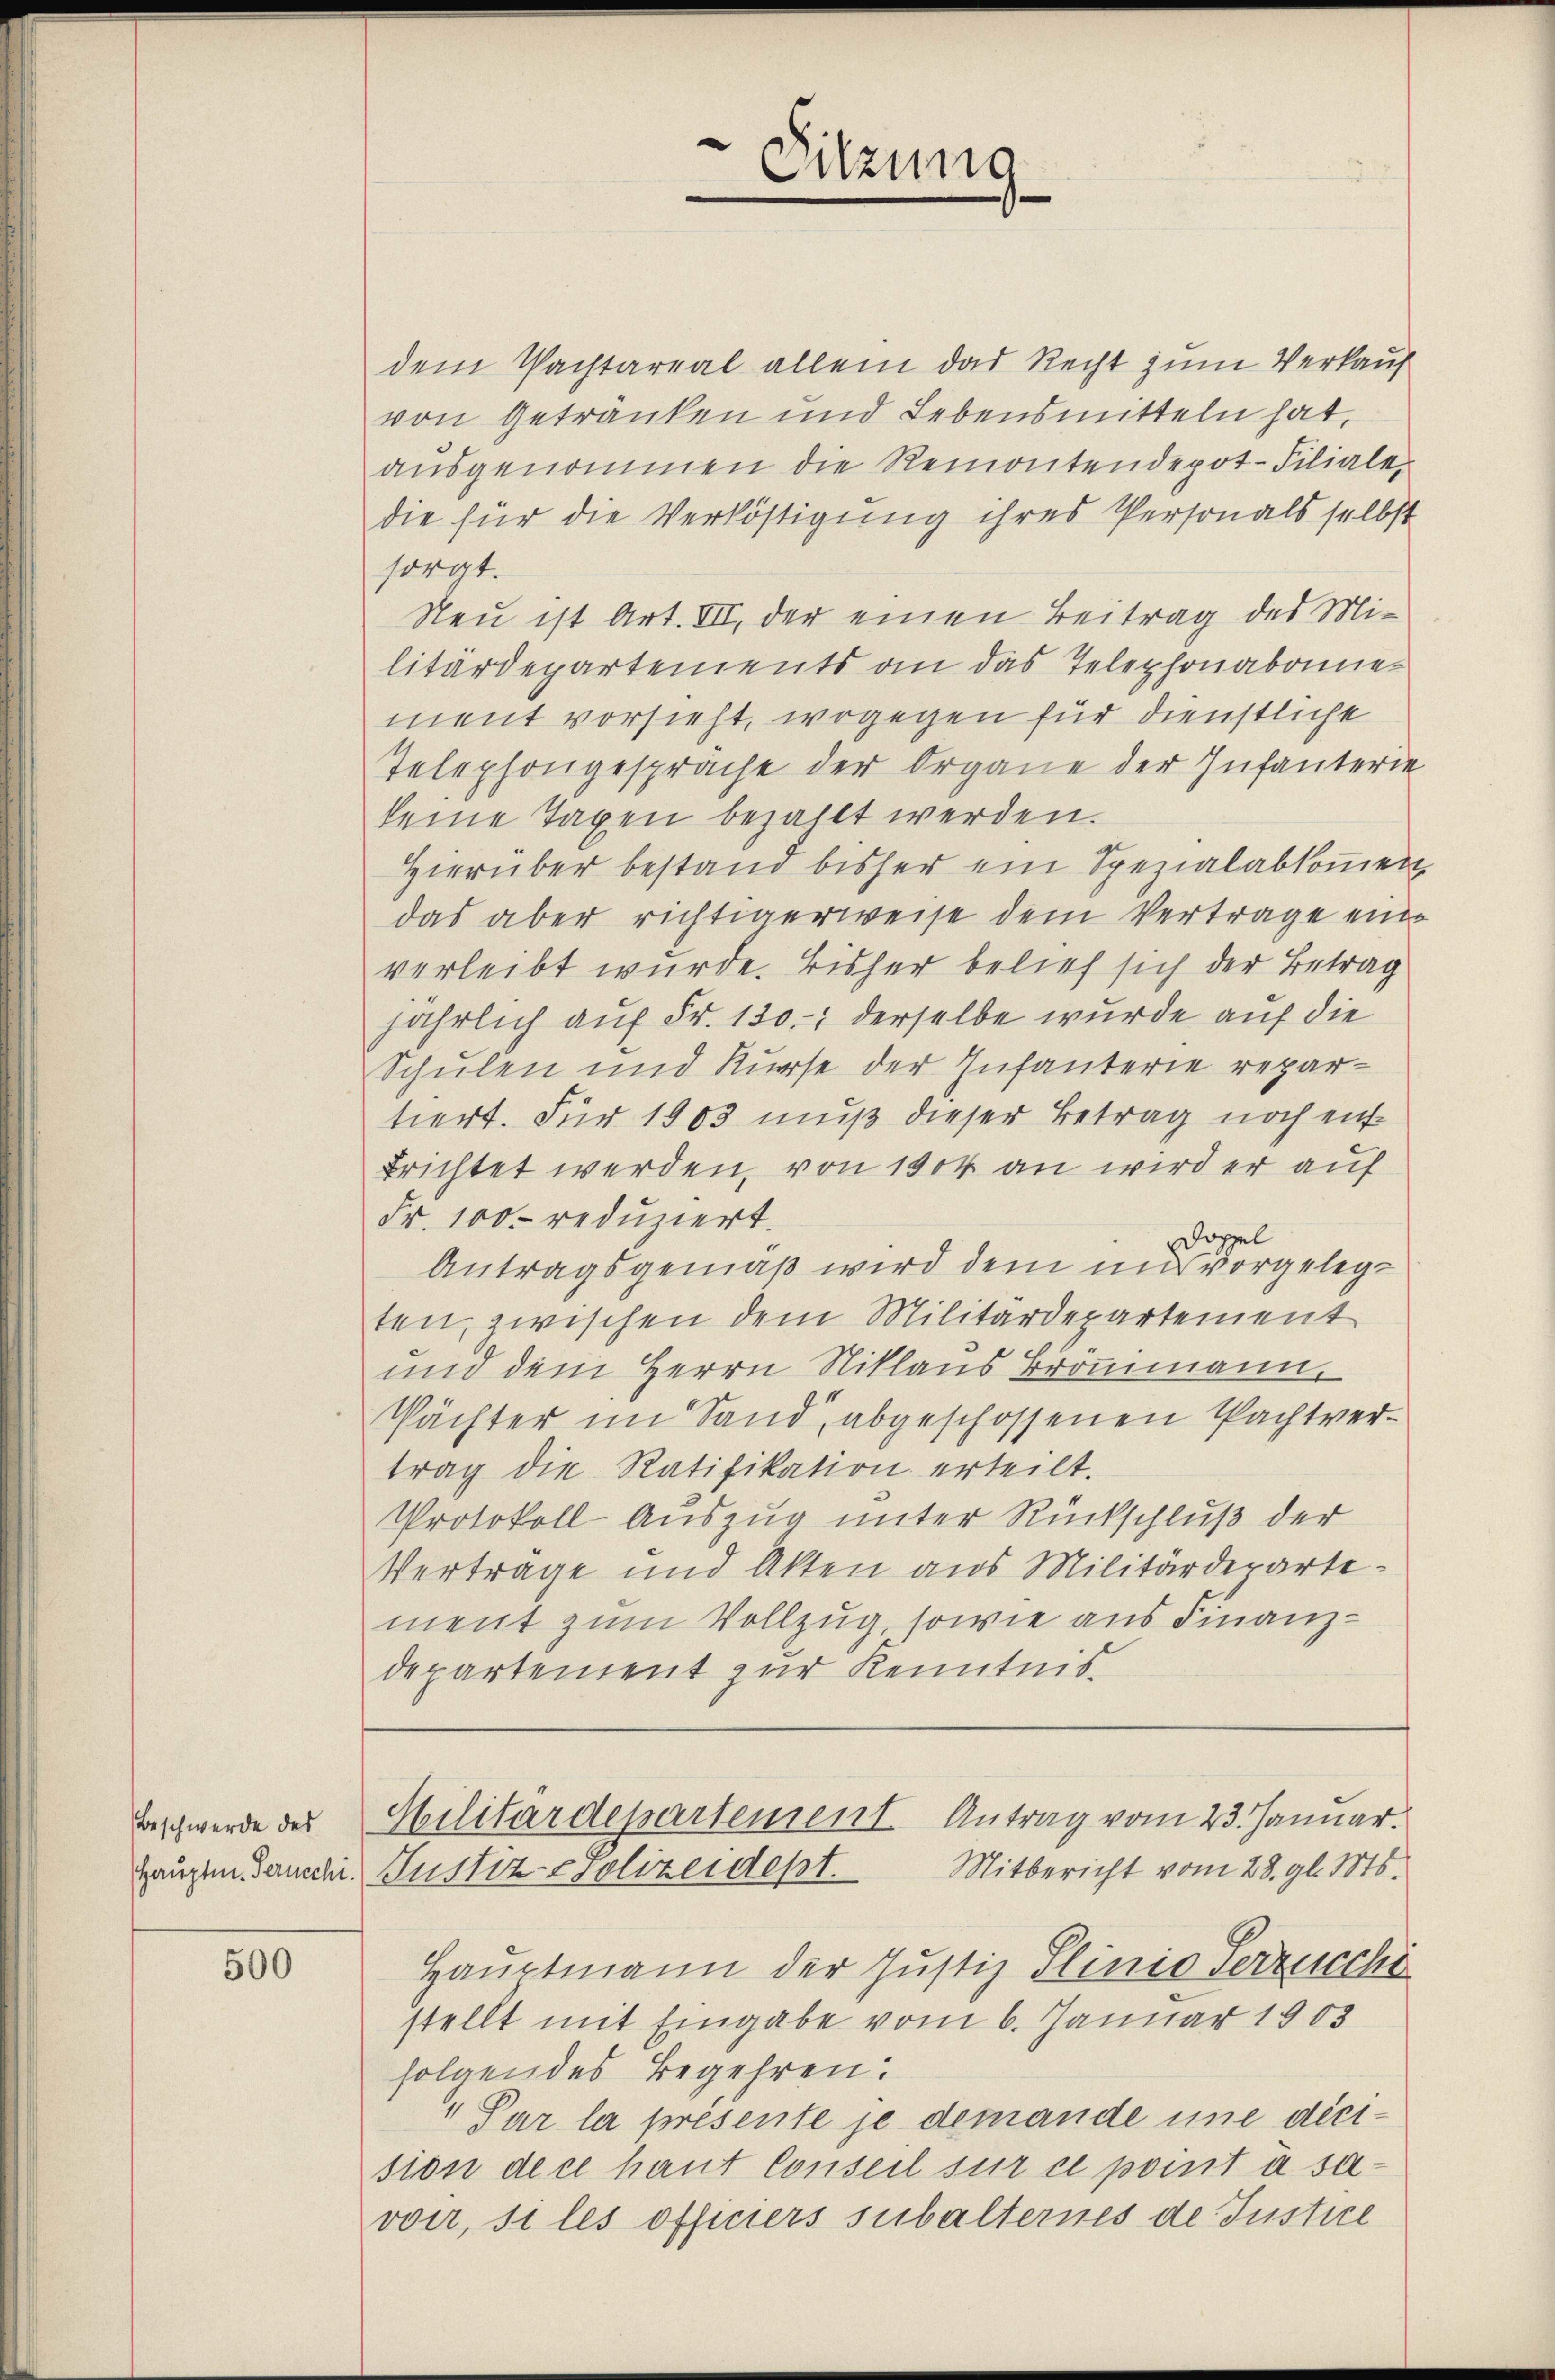
Beschwerde des

500

Sitzung

dem Pachtareal allein das Recht zum Verkauf
von Getränken und Lebensmitteln hat,
ausgenommen die Remontendepot-Filiale,
die für die Verköstigung ihres Personals selbst
sorgt.
Neu ist Art. VII, der einen Beitrag des Militärdepartements an das Telephonabonie
ment vorsieht, wogegen für dienstliche
Telephongespräche der Organe der Infanterie
keine Tagen bezahlt werden.
Hierüber bestand bisher ein Spezialabkommen
das aber richtigerweise dem Vertrage eine
verleibt wurde. Bisher belief sich der Betrag
jährlich auf Fr. 130. derselbe wurde auf die
Schulen und Kurse der Infanterie repartiert. Für 1903 muß dieser Betrag noch entbrichtet werden, von 1904 an wird er auf
Fr. 100 reduziert.
Doppel
Antragsgemäß wird dem und vorgelegten, zwischen dem Militärdepartement
und dem Herrn Niklaus Brömann
Pächter im Sand, abgeschossenen Pachtvertrag die Ratifikation erteilt.
Protokoll Auszug unter Rückschluß der
Verträge und Akten aus Militärderartement zum Vollzug, sowie aus Finanzdepartement zur Kenntnis.

Militärdepartement Antrag vom 23. Januar.
Haupen Tausch. Justiz-Polizeidept. Mitbericht vom 28. gl. Mts.

Hauptmann der Justiz Slinio Verzucchi
stellt mit Eingabe vom 6. Januar 1903
folgendes Begehren:
 Par la présente je demande une dicision dece haut Conseil sur ce point à sa
voir, si les officiers subalternes de Justice